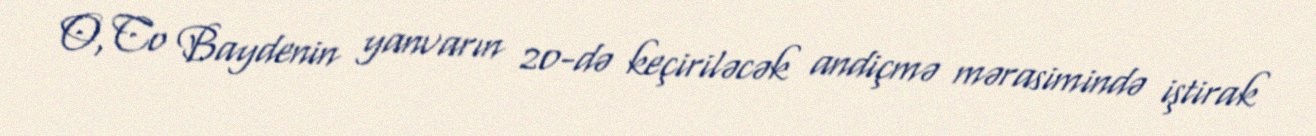
O, Co Baydenin yanvarın 20-də keçiriləcək andiçmə mərasimində iştirak